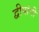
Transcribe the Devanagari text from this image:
द्वीपांनी